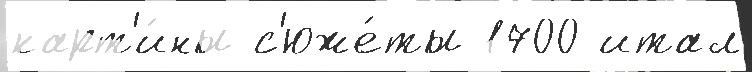
карт'и́ны с'юже́ты 1700 итал